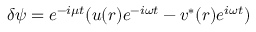
\delta \psi = e ^ { - i \mu t } ( u ( { \boldsymbol { r } } ) e ^ { - i \omega t } - v ^ { * } ( { \boldsymbol { r } } ) e ^ { i \omega t } )